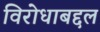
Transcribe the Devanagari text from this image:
विरोधाबद्दल